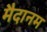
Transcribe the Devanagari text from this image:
मैदानम